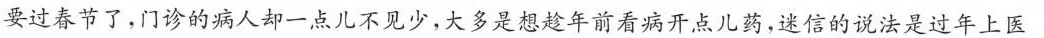
要过春节了，门诊的病人却一点儿不见少，大多是想趁年前看病开点儿药，迷信的说法是过年上医